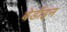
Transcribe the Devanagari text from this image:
बेडॉइन